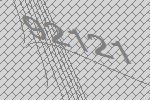
92121